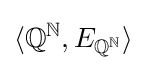
\langle {\mathbb {Q} }^{\mathbb {N} },E_{{\mathbb {Q} }^{\mathbb {N} }}\rangle